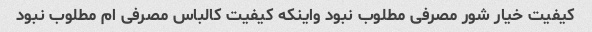
کیفیت خیار شور مصرفی مطلوب نبود واینکه کیفیت کالباس مصرفی ام مطلوب نبود